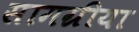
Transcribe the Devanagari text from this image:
सामग्रीया